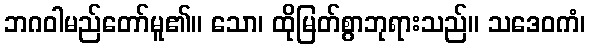
ဘဂဝါမည်တော်မူ၏။ သော၊ ထိုမြတ်စွာဘုရားသည်။ သဒေဝကံ၊